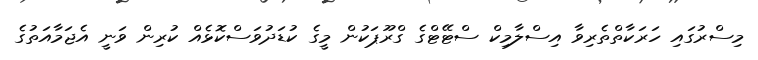
މިސްރުގައި ހަރަކާތްތެރިވާ އިސްލާމިކް ސްޓޭޓްގެ ގްރޫޕަކުން މީގެ ކުޑަދުވަސްކޮޅެއް ކުރިން ވަނީ އެޖަމާއަތުގެ